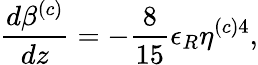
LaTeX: \frac{d\beta^{(c)}}{dz}=-\frac{8}{15}\epsilon_{R}\eta^{(c)4},